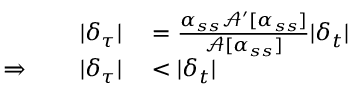
\begin{array} { r l } { | \delta _ { \tau } | } & { { } = \frac { \alpha _ { s s } \mathcal { A } ^ { \prime } [ \alpha _ { s s } ] } { \mathcal { A } [ \alpha _ { s s } ] } | \delta _ { t } | } \\ { \Rightarrow \qquad | \delta _ { \tau } | } & { { } < | \delta _ { t } | } \end{array}